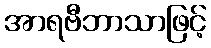
အာရဗီဘာသာဖြင့်